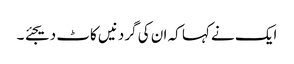
ایک نے کہا کہ ان کی گردنیں کاٹ دیجئے ۔